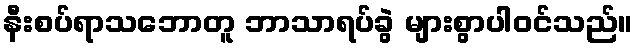
နီးစပ်ရာသဘောတူ ဘာသာရပ်ခွဲ များစွာပါဝင်သည်။